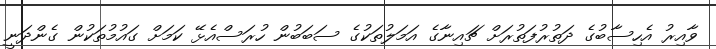
ވާއިރު އެހިސާބުގެ ދަތުރުފަތުރަށް ޗައިނާގެ އަމަލުތަކުގެ ސަބަބުން ހުރަސްއެޅޭ ކަމަށް ގައުމުތަކުން ގެންދަނީ